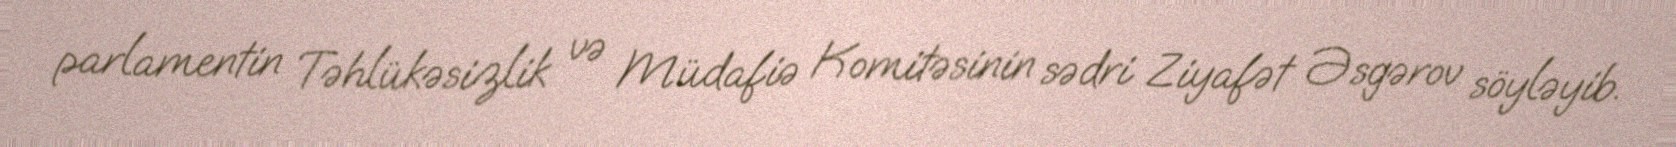
parlamentin Təhlükəsizlik və Müdafiə Komitəsinin sədri Ziyafət Əsgərov söyləyib.